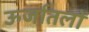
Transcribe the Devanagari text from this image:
ऊर्जातलों